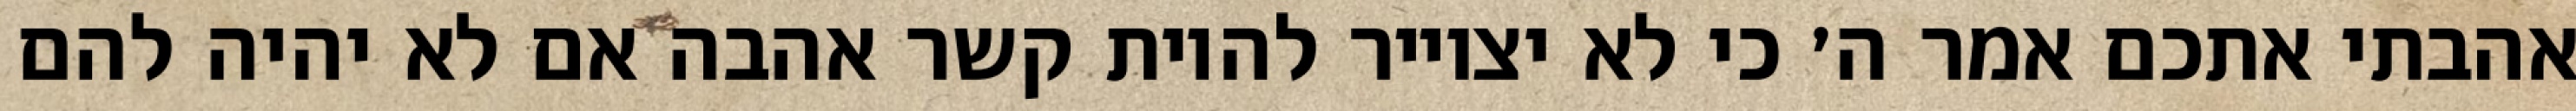
אהבתי אתכם אמר ה׳ כי לא יצוייר להיות קשר אהבה אם לא יהיה להם